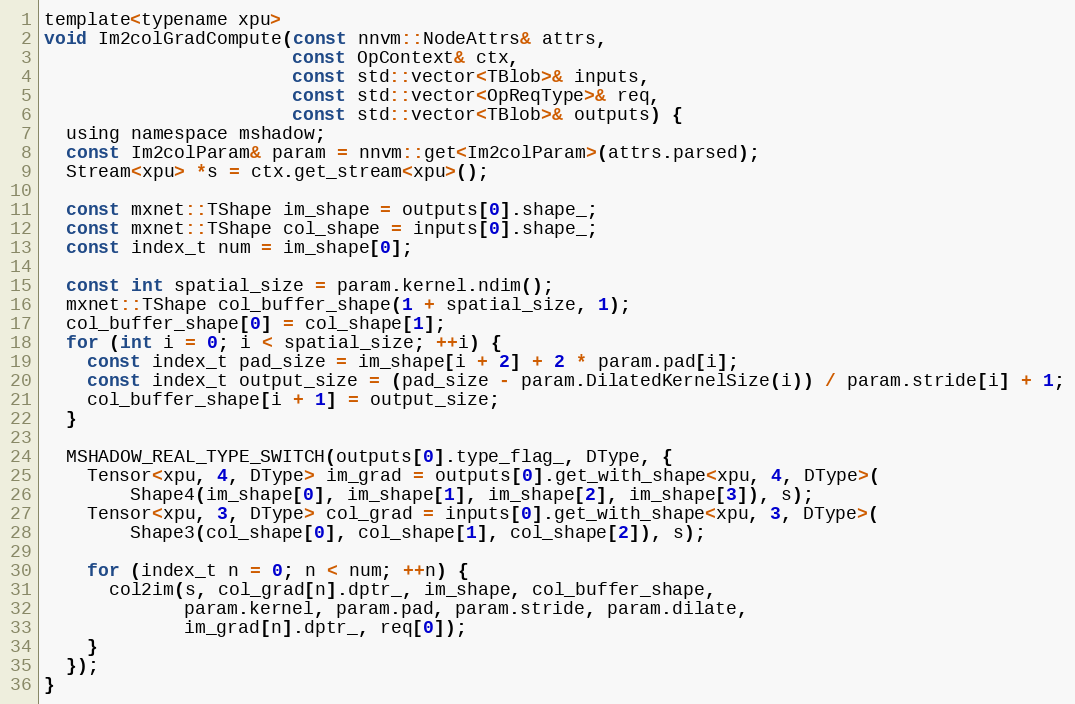
Language: C
template<typename xpu>
void Im2colGradCompute(const nnvm::NodeAttrs& attrs,
                       const OpContext& ctx,
                       const std::vector<TBlob>& inputs,
                       const std::vector<OpReqType>& req,
                       const std::vector<TBlob>& outputs) {
  using namespace mshadow;
  const Im2colParam& param = nnvm::get<Im2colParam>(attrs.parsed);
  Stream<xpu> *s = ctx.get_stream<xpu>();

  const mxnet::TShape im_shape = outputs[0].shape_;
  const mxnet::TShape col_shape = inputs[0].shape_;
  const index_t num = im_shape[0];

  const int spatial_size = param.kernel.ndim();
  mxnet::TShape col_buffer_shape(1 + spatial_size, 1);
  col_buffer_shape[0] = col_shape[1];
  for (int i = 0; i < spatial_size; ++i) {
    const index_t pad_size = im_shape[i + 2] + 2 * param.pad[i];
    const index_t output_size = (pad_size - param.DilatedKernelSize(i)) / param.stride[i] + 1;
    col_buffer_shape[i + 1] = output_size;
  }

  MSHADOW_REAL_TYPE_SWITCH(outputs[0].type_flag_, DType, {
    Tensor<xpu, 4, DType> im_grad = outputs[0].get_with_shape<xpu, 4, DType>(
        Shape4(im_shape[0], im_shape[1], im_shape[2], im_shape[3]), s);
    Tensor<xpu, 3, DType> col_grad = inputs[0].get_with_shape<xpu, 3, DType>(
        Shape3(col_shape[0], col_shape[1], col_shape[2]), s);

    for (index_t n = 0; n < num; ++n) {
      col2im(s, col_grad[n].dptr_, im_shape, col_buffer_shape,
             param.kernel, param.pad, param.stride, param.dilate,
             im_grad[n].dptr_, req[0]);
    }
  });
}